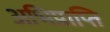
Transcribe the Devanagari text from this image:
अभिप्राप्ति